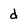
Character: d